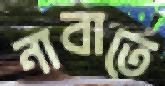
নাবাতে